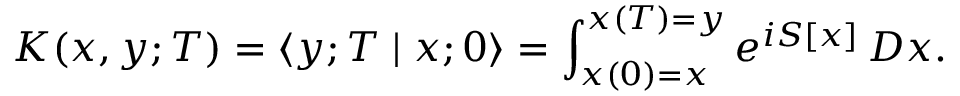
K ( x , y ; T ) = \langle y ; T \mid x ; 0 \rangle = \int _ { x ( 0 ) = x } ^ { x ( T ) = y } e ^ { i S [ x ] } \, D x .